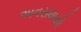
અવરાધાયો